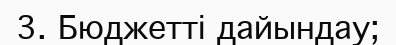
3. Бюджетті дайындау;